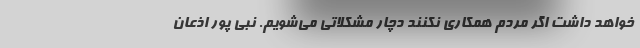
خواهد داشت اگر مردم همکاری نکنند دچار مشکلاتی می‌شویم. نبی پور اذعان